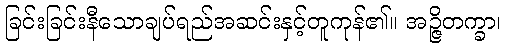
ခြင်းခြင်းနီသောချပ်ရည်အဆင်းနှင့်တူကုန်၏။ အဉ္ဇိတက္ခာ၊